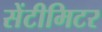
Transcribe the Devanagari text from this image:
सेंटीमिटर